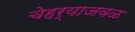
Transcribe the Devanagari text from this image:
चेहर्‍याजवळ